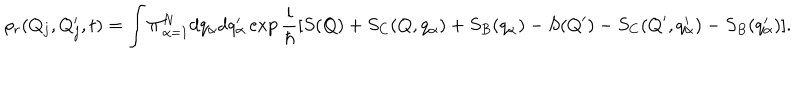
LaTeX: \rho _ { r } ( Q _ { j } , Q _ { j } ^ { \prime } , t ) = \int \Pi _ { \alpha = 1 } ^ { N } d q _ { \alpha } d q _ { \alpha } ^ { \prime } \exp \frac { i } { \hbar } [ S ( Q ) + S _ { C } ( Q , q _ { \alpha } ) + S _ { B } ( q _ { \alpha } ) - S ( Q ^ { \prime } ) - S _ { C } ( Q ^ { \prime } , q _ { \alpha } ^ { \prime } ) - S _ { B } ( q _ { \alpha } ^ { \prime } ) ] .